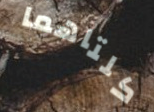
كلتاهما